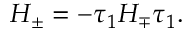
H _ { \pm } = - \tau _ { 1 } H _ { \mp } \tau _ { 1 } .